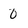
Character: 0